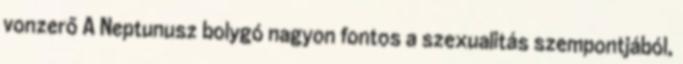
vonzerő A Neptunusz bolygó nagyon fontos a szexualitás szempontjából,